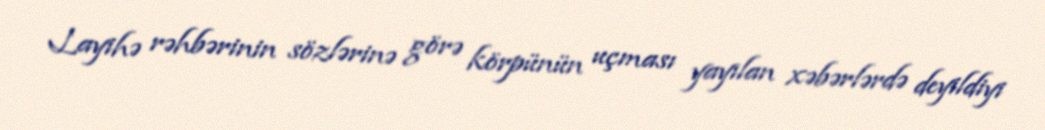
Layihə rəhbərinin sözlərinə görə körpünün uçması yayılan xəbərlərdə deyildiyi